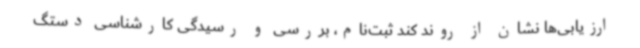
ارزیابی‌ها نشان از روند کند ثبت‌نام، بررسی و رسیدگی کارشناسی دستگ